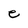
Character: e